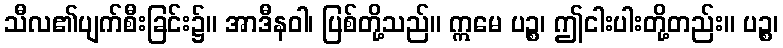
သီလ၏ပျက်စီးခြင်း၌။ အာဒီနဝါ၊ ပြစ်တို့သည်။ ဣမေ ပဉ္စ၊ ဤငါးပါးတို့တည်း။ ပဉ္စ၊